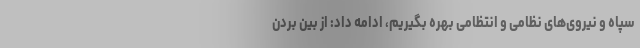
سپاه و نیروی‌های نظامی و انتظامی بهره بگیریم، ادامه داد: از بین بردن